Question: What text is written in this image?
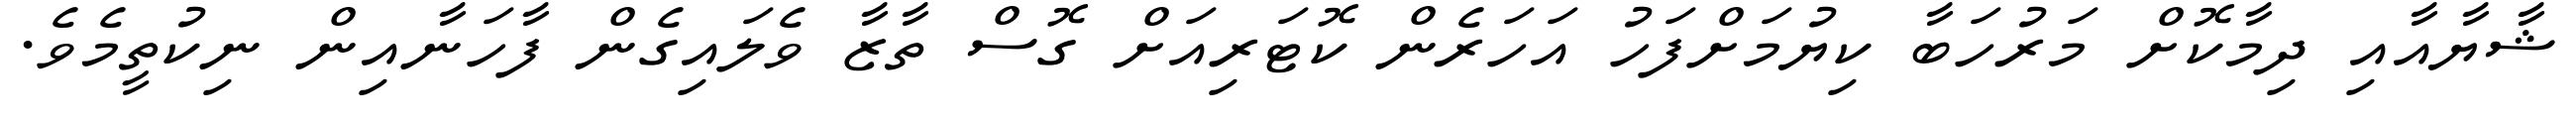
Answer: ޝާޔާއާއި ދިމާކޮށް މަރުހަބާ ކިޔުމަށްފަހު އަހަރެން ކޮޓަރިއަށް ގޮސް ތާޒާ ވެލައިގެން ފާހަނާއިން ނިކުތީމެވެ.